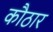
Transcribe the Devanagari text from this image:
कौठार